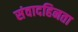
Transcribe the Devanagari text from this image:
संवादहिनता